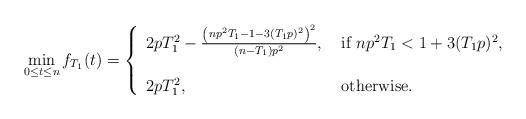
LaTeX: \begin{align*}\min_{0\leq t\leq n}f_{T_1}(t) = \left\{\begin{array}{ll}2pT_1^2 - \frac{\left(np^2 T_1-1- 3 (T_1 p)^2 \right)^2 }{(n-T_1) p^2}, & \mbox{ if } np^2 T_1<1+ 3 (T_1 p)^2 ,\\ \\ 2pT_1^2 , & \mbox{ otherwise. }\end{array}\right. \end{align*}